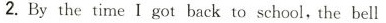
2.By the time i got back to school,the bell